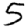
Digit: 5